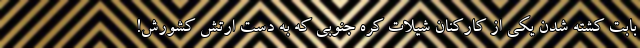
بابت کشته شدن یکی از کارکنان شیلات کره جنوبی که به دست ارتش کشورش!